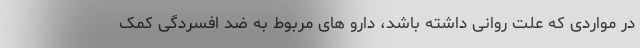
در مواردی که علت روانی داشته باشد، دارو های مربوط به ضد افسردگی کمک